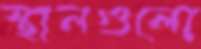
স্থানগুলো